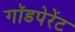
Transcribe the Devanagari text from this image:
गॉडपेरेंट